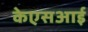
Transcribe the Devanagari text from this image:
केएसआई